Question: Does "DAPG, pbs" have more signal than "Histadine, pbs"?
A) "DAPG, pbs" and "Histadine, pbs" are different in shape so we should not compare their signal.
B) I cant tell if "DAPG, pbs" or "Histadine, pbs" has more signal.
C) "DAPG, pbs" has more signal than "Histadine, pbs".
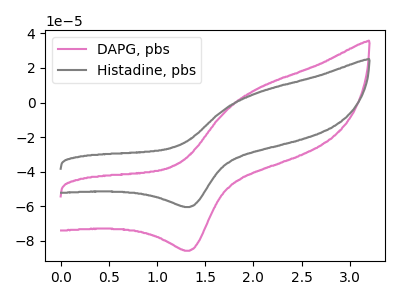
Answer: <think>The pink curve "DAPG, pbs" has an anodic peak at (2.00V, 7.40uA) and a cathodic peak at (1.35V, -85.65uA). The gray curve "Histadine, pbs" has an anodic peak at (2.00V, 5.20uA) and a cathodic peak at (1.35V, -60.40uA).
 All the peaks in "DAPG, pbs" have a peak in "Histadine, pbs" at the same potential. Every peak in "DAPG, pbs" is higher than every peak in "Histadine, pbs".</think>
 <answer>C) "DAPG, pbs" has more signal than "Histadine, pbs".</answer>
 <eval>C</eval>